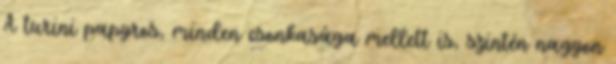
A turini papyros, minden csonkasága mellett is, szintén nagyon